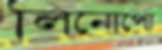
লিনোপো